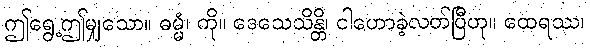
ဤရွေ့ဤမျှသော။ ဓမ္မံ၊ ကို။ ဒေသေသိန္တိ၊ ငါဟောခဲ့လတ်ပြီဟု။ ထေရဿ၊